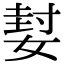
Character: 㜂